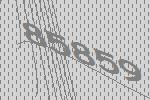
85859